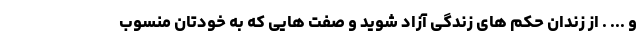
و ... . از زندان حکم های زندگی آزاد شوید و صفت هایی که به خودتان منسوب